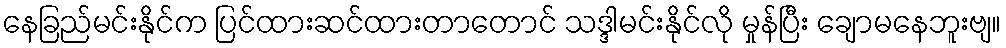
နေခြည်မင်းနိုင်က ပြင်ထားဆင်ထားတာတောင် သဒ္ဒါမင်းနိုင်လို မှုန်ပြီး ချောမနေဘူးဗျ။